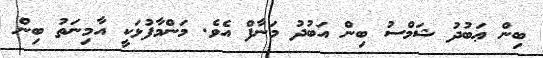
ބިން ޢަބުދު ޝަމްސު ބިން އަބުދު މަނާފް އެވެ. މަންމާފުޅަކީ އާމިނަތު ބިން